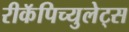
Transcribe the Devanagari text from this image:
रीकॅपिच्युलेट्स